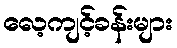
လေ့ကျင့်ခန်းများ